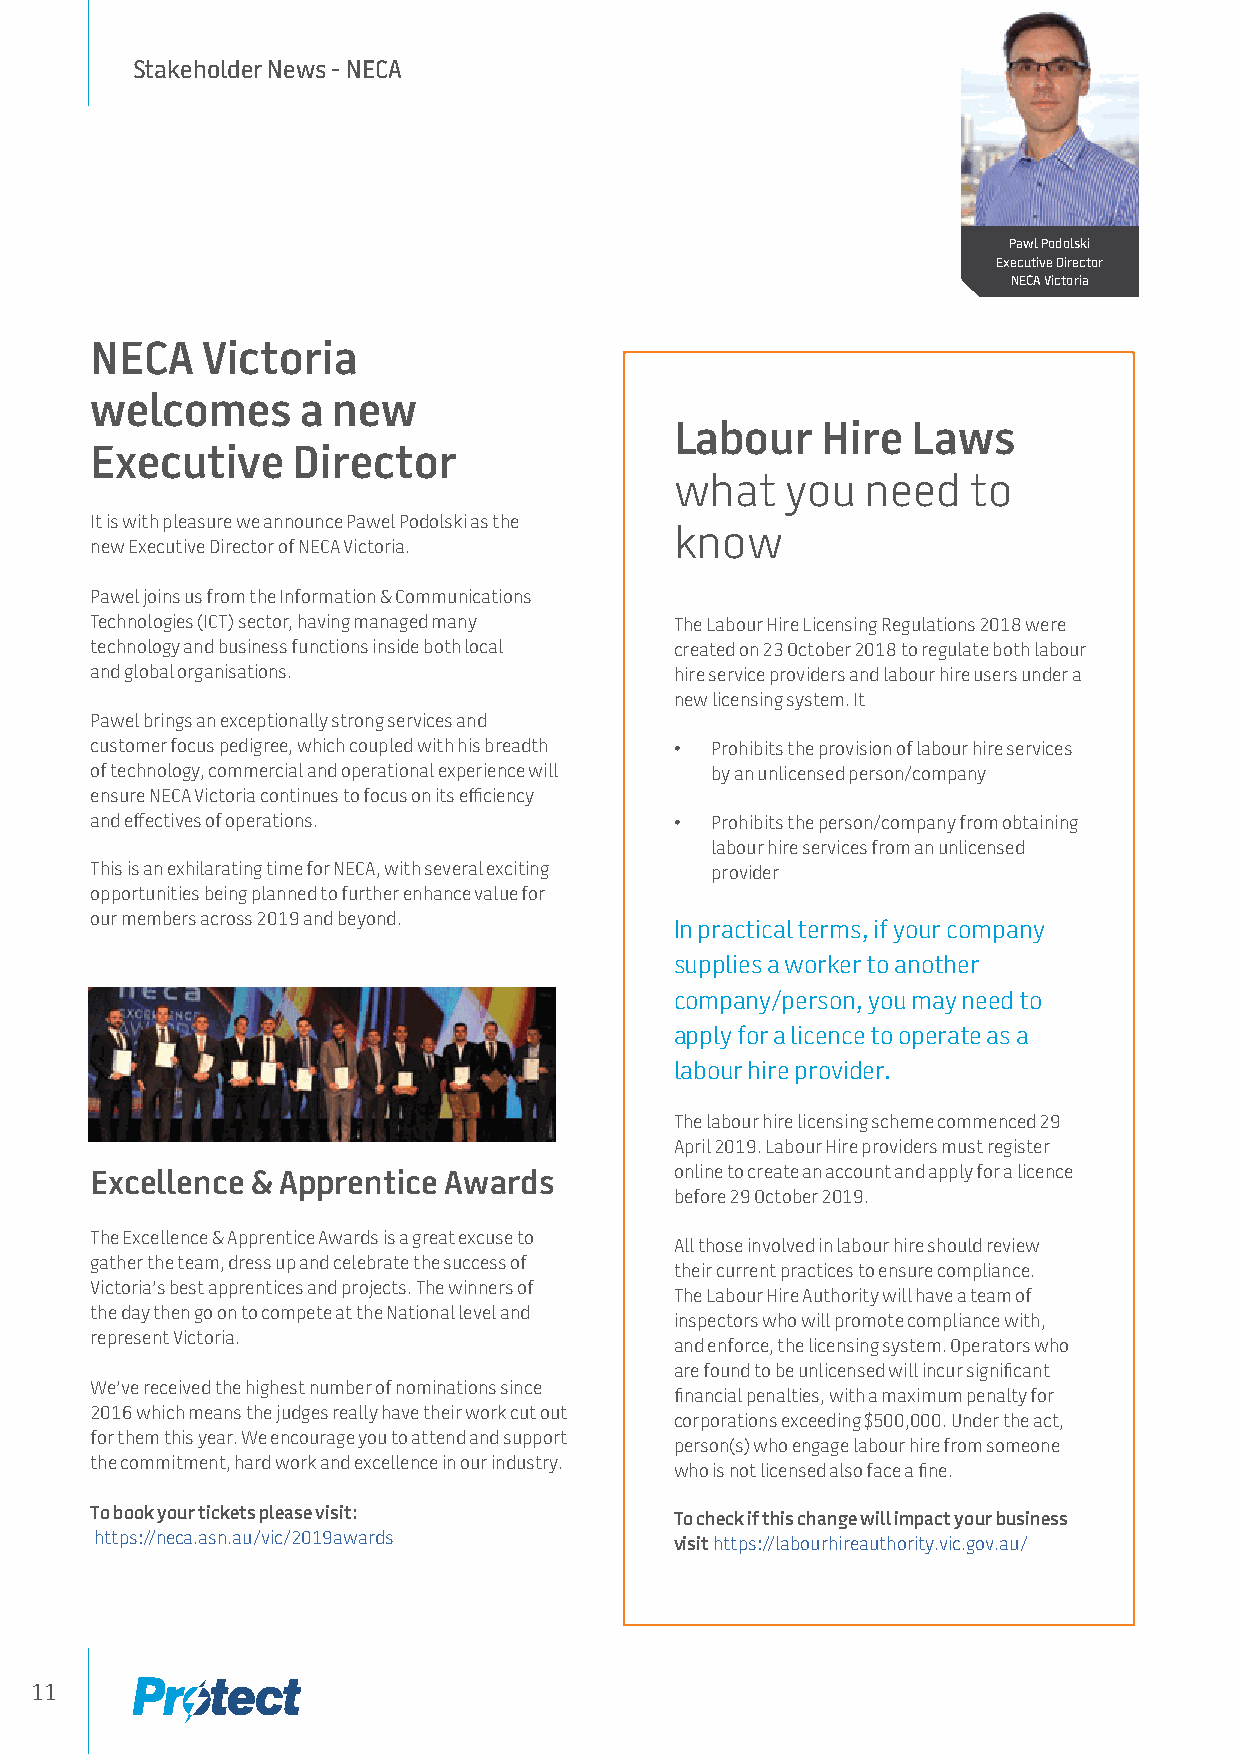
Stakeholder News - NECA
 Pawl Podolski
 Executive Director
 NECA Victoria
 NECA   Victoria
 welcomes      a new
 Labour   Hire  Laws
 Executive    Director
 what   you  need   to
 It is with pleasure we announce Pawel Podolski as the
 know
 new Executive Director of NECA Victoria.
 Pawel joins us from the Information & Communications
 Technologies (ICT) sector, having managed many The Labour Hire Licensing Regulations 2018 were
 technology and business functions inside both local created on 23 October 2018 to regulate both labour
 and global organisations.              hire service providers and labour hire users under a
 new licensing system. It
 Pawel brings an exceptionally strong services and
 customer focus pedigree, which coupled with his breadth • Prohibits the provision of labour hire services
 of technology, commercial and operational experience will by an unlicensed person/company
 ensure NECA Victoria continues to focus on its efficiency
 and effectives of operations.          • Prohibits the person/company from obtaining
 labour hire services from an unlicensed
 This is an exhilarating time for NECA, with several exciting provider
 opportunities being planned to further enhance value for
 our members across 2019 and beyond.
 In practical terms, if your company
 supplies a worker to another
 company/person, you may need to
 apply for a licence to operate as a
 labour hire provider.
 The labour hire licensing scheme commenced 29
 April 2019. Labour Hire providers must register
 online to create an account and apply for a licence
 Excellence & Apprentice Awards
 before 29 October 2019.
 The Excellence & Apprentice Awards is a great excuse to
 All those involved in labour hire should review
 gather the team, dress up and celebrate the success of
 their current practices to ensure compliance.
 Victoria’s best apprentices and projects. The winners of
 The Labour Hire Authority will have a team of
 the day then go on to compete at the National level and
 inspectors who will promote compliance with,
 represent Victoria.
 and enforce, the licensing system. Operators who
 are found to be unlicensed will incur significant
 We’ve received the highest number of nominations since
 financial penalties, with a maximum penalty for
 2016 which means the judges really have their work cut out
 corporations exceeding $500,000. Under the act,
 for them this year. We encourage you to attend and support
 person(s) who engage labour hire from someone
 the commitment, hard work and excellence in our industry.
 who is not licensed also face a fine.
 To book your tickets please visit:     To check if this change will impact your business
 https://neca.asn.au/vic/2019awards     visit https://labourhireauthority.vic.gov.au/
 11